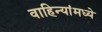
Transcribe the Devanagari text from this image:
वाहिन्यांमध्ये